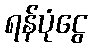
ရန်ပုံငွေ